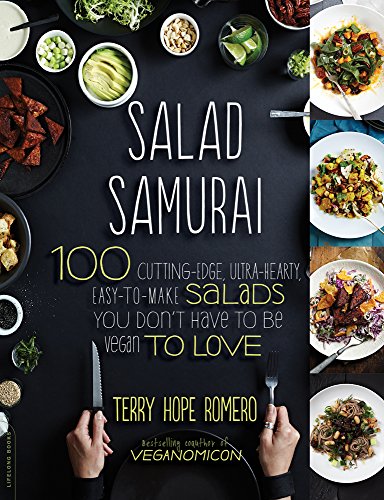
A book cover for Salad Samurai: 100 Cutting-Edge, Ultra-Hearty, Easy-to-Make Salads You Don't Have to Be Vegan to Love; Terry Hope Romero; Cookbooks, Food & Wine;